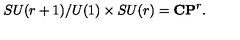
S U ( r + 1 ) / U ( 1 ) \times S U ( r ) = \mathbf { C P } ^ { r } .